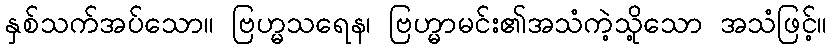
နှစ်သက်အပ်သော။ ဗြဟ္မသရေန၊ ဗြဟ္မာမင်း၏အသံကဲ့သို့သော အသံဖြင့်။